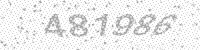
Solution: 481986